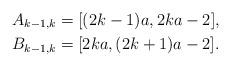
LaTeX: \begin{align*}A_{k-1,k} & = [(2k-1) a, 2 k a - 2],\\B_{k-1,k} & = [2ka, (2k+1) a-2].\end{align*}